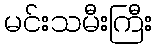
မင်းသမီးကြီး